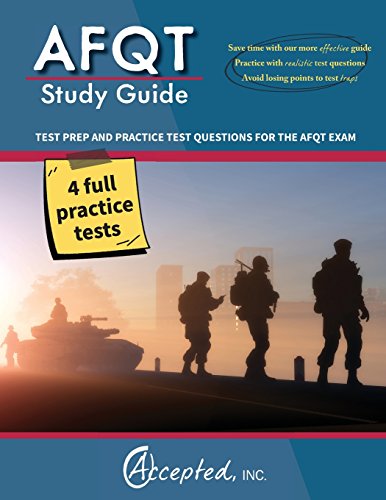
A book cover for AFQT Study Guide 2016: AFQT Test Prep and Practice Questions; Inc. Accepted; Test Preparation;